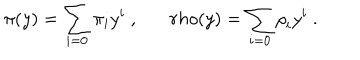
\pi ( y ) = \sum _ { i = 0 } ^ { } { \pi } _ { i } y ^ { i } \ , \ \ \, r h o ( y ) = \sum _ { i = 0 } ^ { } { \rho } _ { i } y ^ { i } \ .